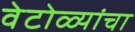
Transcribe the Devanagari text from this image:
वेटोळ्यांचा